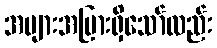
အများအပြားရှိသော်လည်း